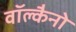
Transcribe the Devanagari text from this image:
वॉल्कैनो